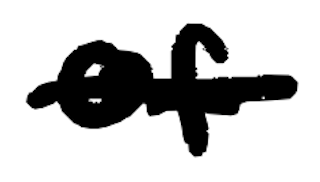
Text: of
Cross-out: single-line
Writing tool: digital_black